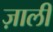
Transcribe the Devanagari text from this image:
ज़ाली